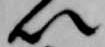
以